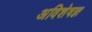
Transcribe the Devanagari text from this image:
अविशेषज्ञ